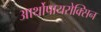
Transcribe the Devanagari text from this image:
आर्थोपायरोक्सिन